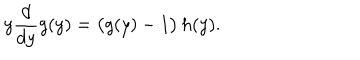
y \frac { d } { d y } g ( y ) = \bigl ( g ( y ) - 1 \bigr ) \, h ( y ) .